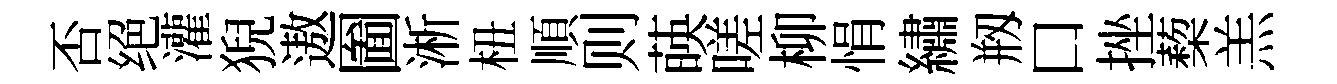
否绝灌猊遨圗淅杻順则𦴤嗟柳悁繡剏口挫蔾羔